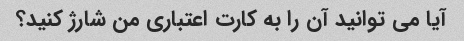
آیا می توانید آن را به کارت اعتباری من شارژ کنید؟